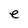
Character: e